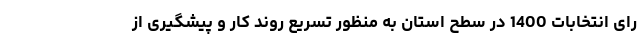
رای انتخابات 1400 در سطح استان به منظور تسریع روند کار و پیشگیری از